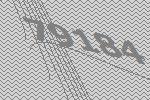
79184